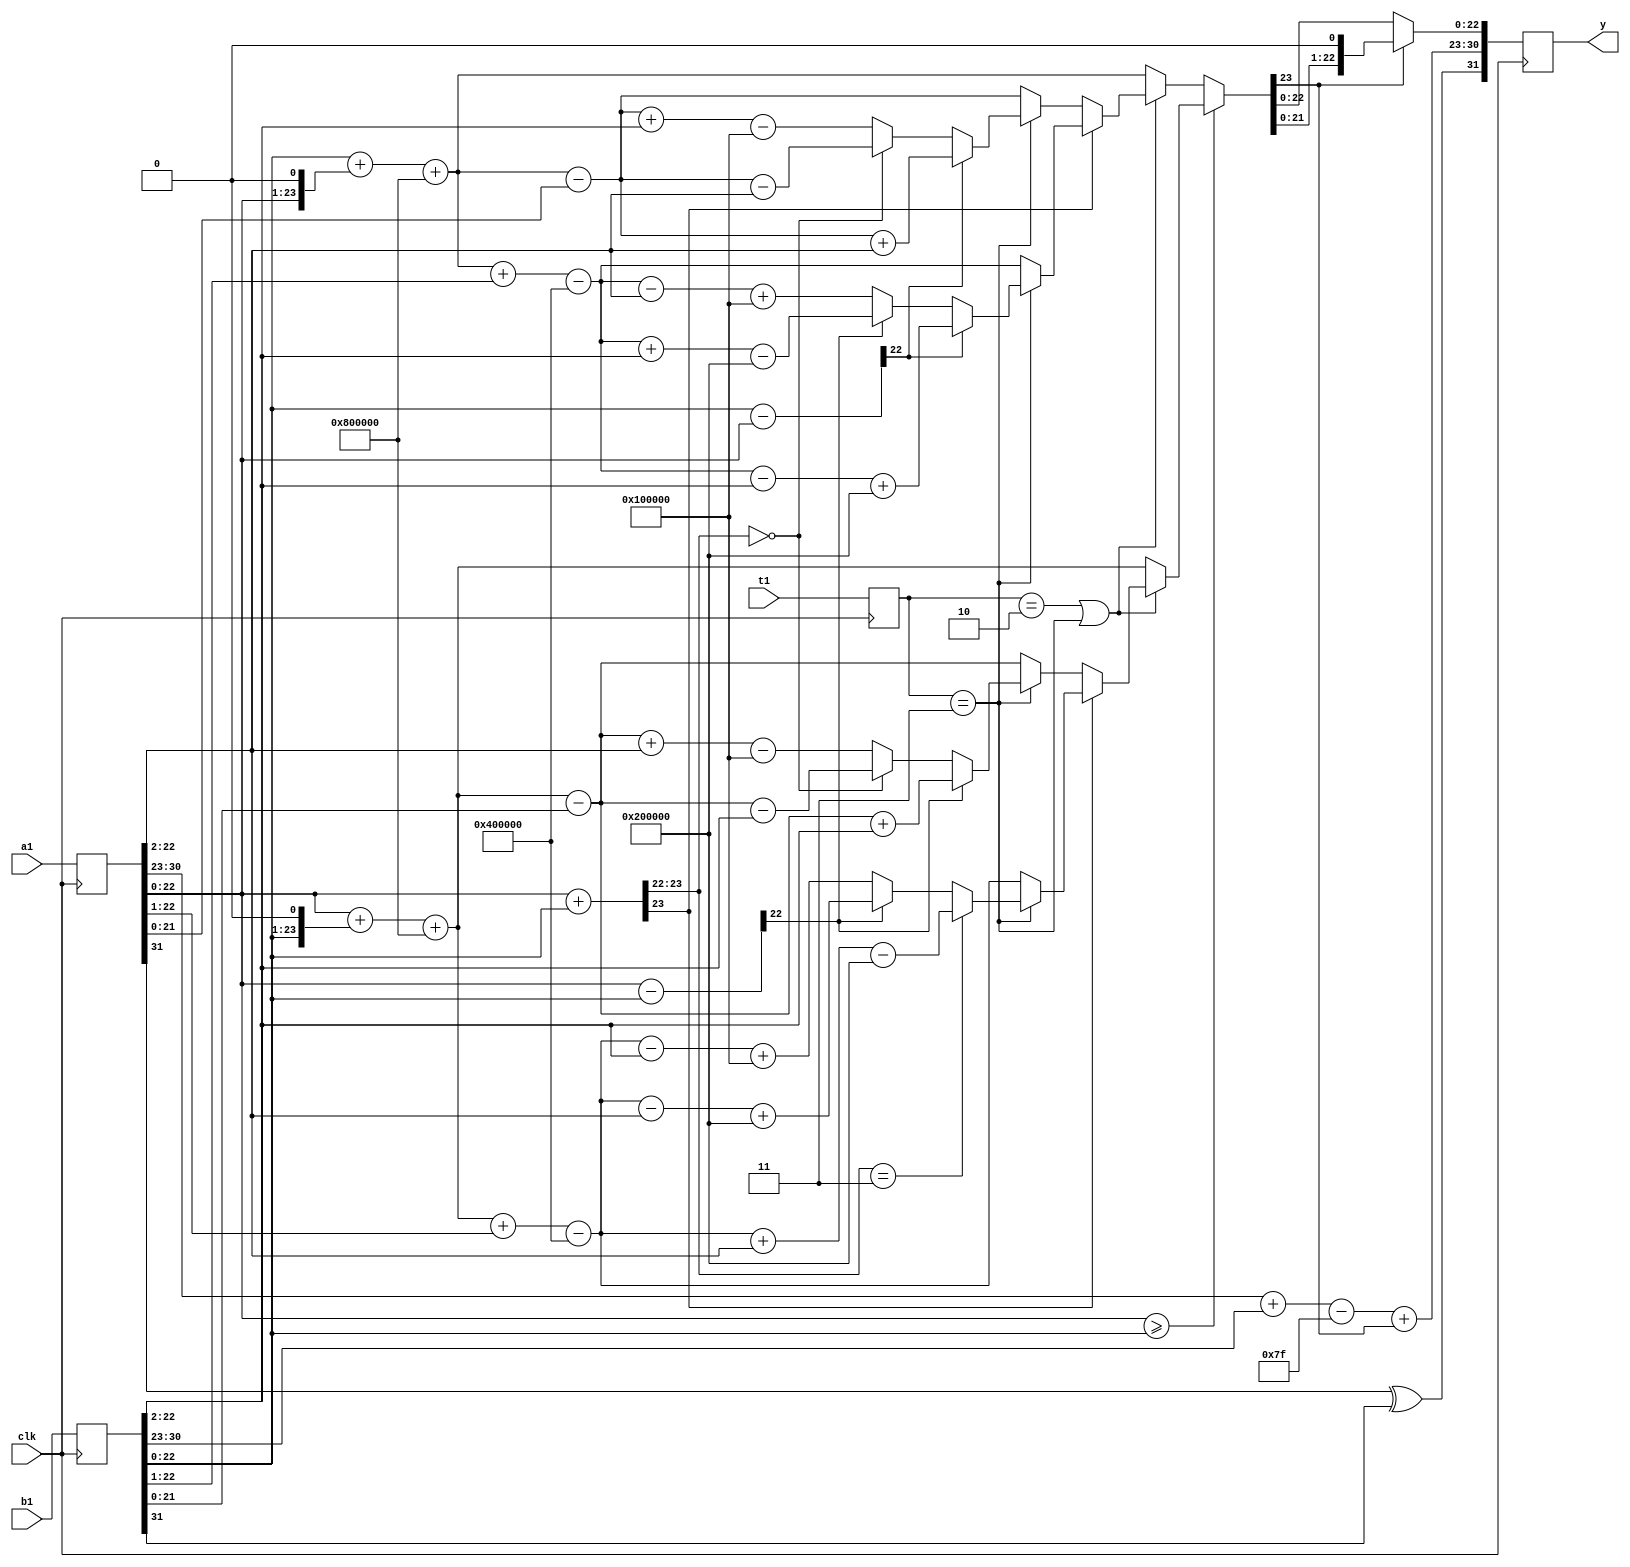
`define N       32
`define E       8
`define MA      23
`define n       1
// indices of components of IEEE 754 FP
`define SIGN   	31
`define EXP    	30:23
`define M    	22:0

`define P    	24    // number of bits for mantissa (including 
`define G    	23    // guard bit index
`define R    	22    // round bit index
`define S    	21:0  // sticky bits range

`define BIAS   	127

module approxlp(input  wire clk,
			  input  wire[`N-1:0] a1,
              input  wire[`N-1:0] b1,
              input  wire[1:0] t1,
              output reg[`N-1:0] y);

reg [`N-1:0] a,b;
wire [`N-1:0]y1;
reg normalized;
reg [`P:0] product;
reg s;
reg G;
reg R;
reg S;
reg [1:0]t;
reg [`P-2:0] m;
reg [`E-1:0] e;
reg [`P-2+1:0] sum;
reg [`P-2:0]diff1,diff2;

always @(posedge clk) 

    begin
        a = {a1};
        b = {b1};
        y = y1; 
        t=t1;
    end
always @(*) 

    begin
    
    sum = a[`M]+b[`M];
    diff1 = a[`M]-b[`M];
    diff2 = b[`M]-a[`M];
    if (a[`M]>=b[`M])
    begin
    product={1'b0,a[`M]}+{b[`M],1'b0}+{1'b1,23'b0};
        if(t==2'b10||t==2'b11)
        begin
          if (sum[23]==1) begin
          product=product+a[22:1]-{1'b1,22'b0};
          if(t==2'b11)
            begin
            if (sum[23:22]==2'b11) begin
               product=product+a[22:2]-{1'b1,21'b0}; 
            end 
            else if(diff1[22]==1'b1)begin
               product=product-a[22:2]+{1'b1,21'b0};  
            end
            else begin
               product=product-b[22:2]+{1'b1,20'b0}; 
            end   
            end
          
          end else begin
          product=product-b[21:0];
          if(t==2'b11)
            begin
            if (diff1[22]==1'b1) begin
               product=product+b[22:2]; 
            end 
            else if(sum[23:22]==2'b00)begin
               product=product-b[22:2];  
            end
            else begin
               product=product+a[22:2]-{1'b1,20'b0}; 
            end   
            end  
          end
        end
    end 
    else begin
    product={1'b0,b[`M]}+{a[`M],1'b0}+{1'b1,23'b0};
        if(t==2'b10||t==2'b11)
        begin
          if (sum[23]==1) begin
          product=product+b[22:1]-{1'b1,22'b0};
          if(t==2'b11)
            begin
            if (diff2[22]==1'b1) begin
               product=product-b[22:2]+{1'b1,21'b0}; 
            end 
            else if(diff1[22]==1'b1)begin
               product=product+b[22:2]-{1'b1,21'b0};  
            end
            else begin
               product=product-a[22:2]+{1'b1,20'b0}; 
            end   
            end
          
          end else begin
          product=product-a[21:0];
          if(t==2'b11)
            begin
            if (diff2[22]==1'b1) begin
               product=product+a[22:2]; 
            end 
            else if(sum[23:22]==2'b00)begin
               product=product-a[22:2];  
            end
            else begin
               product=product+b[22:2]-{1'b1,20'b0}; 
            end   
            end  
          end
        end   
    end
    
    // get sticky bits by ORing together all bits right of R
    S = |product[`S]; 

    // if the MSB of the resulting product is 0
    // normalize by shifting right    
    normalized = product[24:23];
        
    if(normalized==2'b01) product = product << 1;
    else if(normalized==2'b10||normalized==2'b11) product=product<<2; 
    else product = product;

    // mantissa is upper 22-bits of product w/ nearest-even rounding
    m = product[22:0];
    s = a[`SIGN] ^ b[`SIGN];
    e = a[`EXP] + b[`EXP] - `BIAS + normalized;


    end

assign y1 = {s, e, m};

endmodule